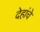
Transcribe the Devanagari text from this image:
देहांचे